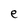
Character: e